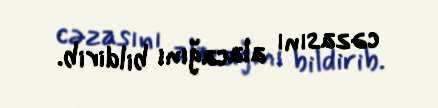
cəzasını alacağını bildirib.